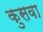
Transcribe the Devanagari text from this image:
कुसवा